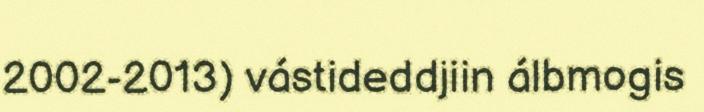
2002-2013) vástideddjiin álbmogis